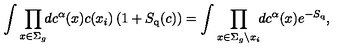
\int \prod _ { x \in \Sigma _ { g } } \! \! d c ^ { \alpha } ( x ) c ( x _ { i } ) \left( 1 + S _ { \mathrm { q } } ( c ) \right) = \int \prod _ { x \in \Sigma _ { g } \setminus x _ { i } } \! \! d c ^ { \alpha } ( x ) e ^ { - S _ { \mathrm { q } } } ,